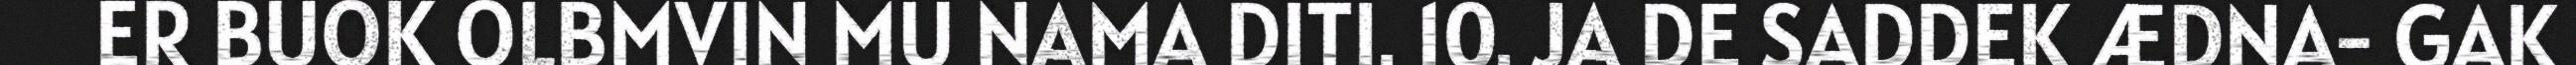
ER BUOK OLBMVIN MU NAMA DITI. 10. JA DE SADDEK ÆDNA- GAK